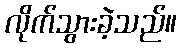
လိုက်သွားခဲ့သည်။